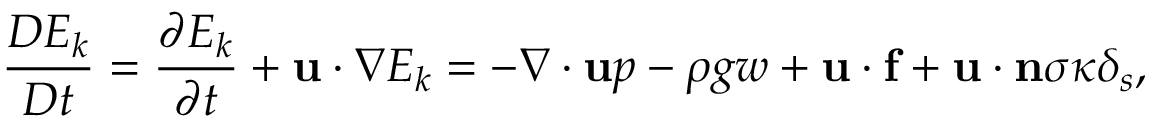
\frac { D E _ { k } } { D t } = \frac { \partial E _ { k } } { \partial t } + \mathbf { u } \cdot \nabla E _ { k } = - \nabla \cdot \mathbf { u } p - \rho g w + \mathbf { u } \cdot \mathbf { f } + \mathbf { u } \cdot \mathbf { n } \sigma \kappa \delta _ { s } ,